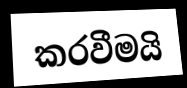
කරවීමයි